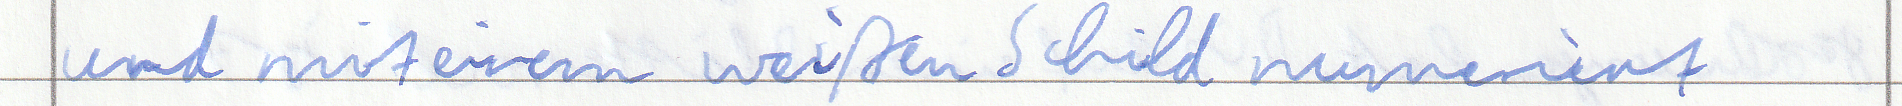
und mit einem weißen Schild numeriert